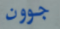
جوون